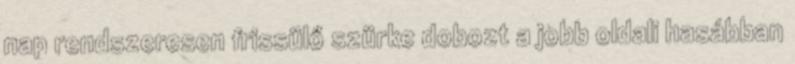
nap rendszeresen frissülő szürke dobozt a jobb oldali hasábban